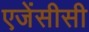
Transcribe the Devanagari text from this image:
एजेंसीसी